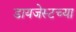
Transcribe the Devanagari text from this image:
डायजेस्टच्या